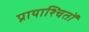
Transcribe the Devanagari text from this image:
प्रायाश्चितों